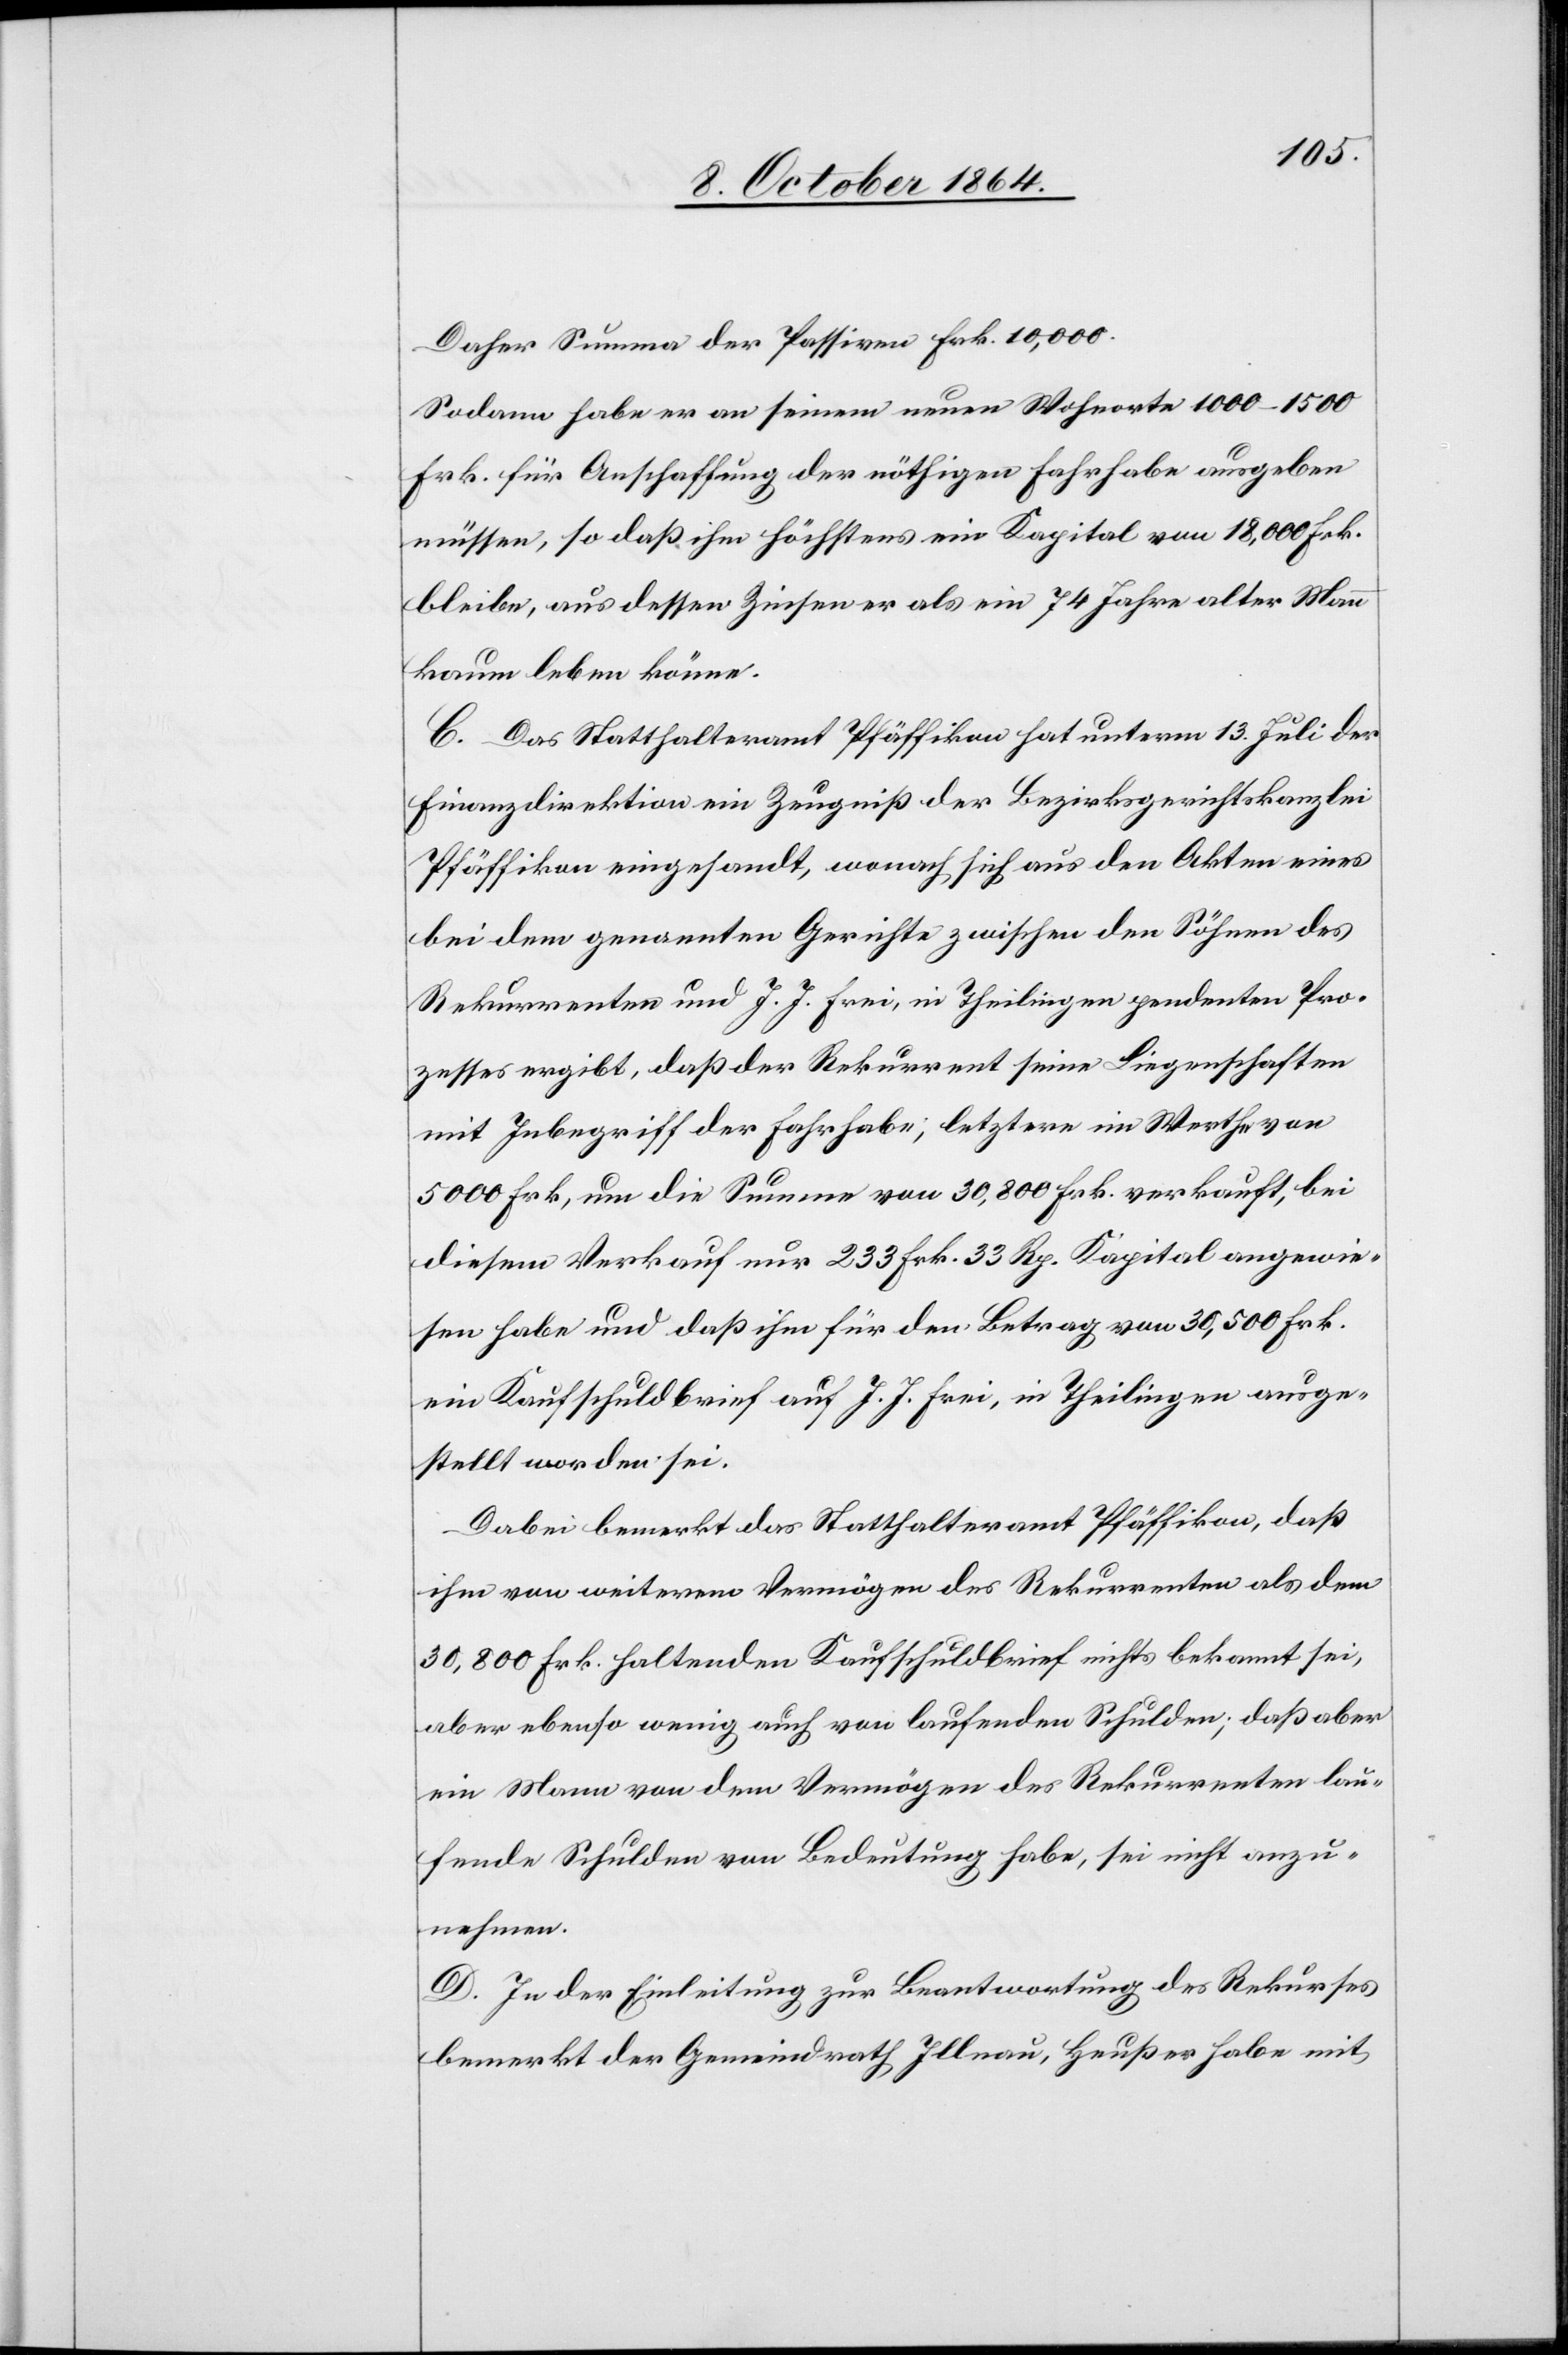
Daher Summe der Passiven Frk. 10,000.
Sodann habe er an seinem neuen Wohnorte 1 000–1 500
Frk. für Anschaffung der nöthigen Fahrhabe ausgeben
müssen, so daß ihm höchstens ein Kapital von 18,000 Frk.
bleiben, aus dessen Zinsen er als ein 74 Jahre alter Mann
kaum leben könne.
C. Das Statthalteramt Pfäffikon hat unterm 13. Juli der
Finanzdirektion ein Zeugniß der Bezirksgerichtskanzlei
Pfäffikon eingesandt, wonach sich aus den Akten eines
bei dem genannten Gerichte zwischen den Söhnen des
Rekurrenten und J. J. Frei, in Theilingen pendenten Pro¬
zesses ergibt, daß der Rekurrent seine Liegenschaften
mit Inbegriff der Fahrhabe, letztere im Werthe von
5 000 Frk., um die Summe von 30,800 Frk. verkauft, bei
diesem Verkauf nur 233 Frk. 33 Rp. Kapital angewie¬
sen habe und daß ihm für den Betrag von 30,500 Frk.
ein Kaufschuldbrief auf J. J. Frei, in Theilingen ausge¬
stellt worden sei.
Dabei bemerkt das Statthalteramt Pfäffikon, daß
ihm von weiterem Vermögen des Rekurrenten als den
30,800 Frk. haltenden Kaufschuldbrief nichts bekannt sei,
aber ebenso wenig auch von laufenden Schulden; daß aber
ein Mann von dem Vermögen des Rekurrenten lau¬
fende Schulden von Bedeutung habe, sei nicht anzu¬
nehmen.
D. In der Einleitung zur Beantwortung des Rekurses
bemerkt der Gemeindrath Illnau, Heußer habe mit